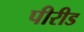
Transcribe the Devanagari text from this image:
पीरीड